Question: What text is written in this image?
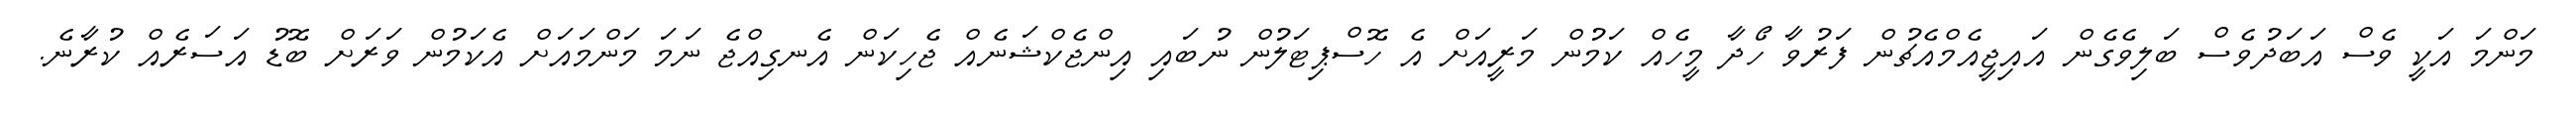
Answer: މަންމަ އަކީ ވެސް އަބަދުވެސް ބަލިވެގެން އައިޖީއެމްއެޗުން ފަރުވާ ހޯދާ މީހެއް ކަމުން މަރީއަށް އެ ހޮސްޕިޓަލުން ނުބައި އިންޖެކްޝަނެއް ޖެހިކަން އެނގިއްޖެ ނަމަ މަންމައަށް އެކަމުން ވަރަށް ބޮޑު އަސަރެއް ކުރާނެ.